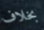
بخلاف